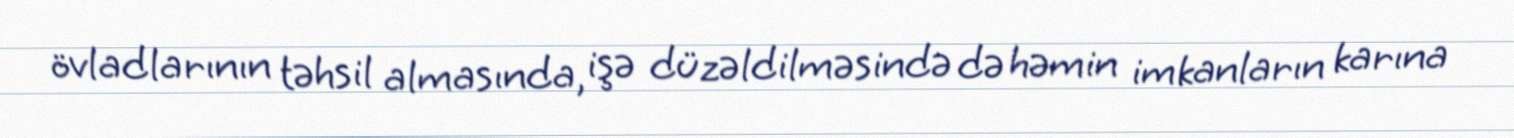
övladlarının təhsil almasında, işə düzəldilməsində də həmin imkanların karına